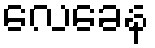
လေခေန